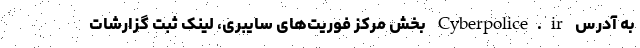
به آدرس Cyberpolice.ir بخش مرکز فوریت‌های سایبری، لینک ثبت گزارشات